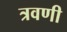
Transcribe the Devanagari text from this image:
त्रवणी